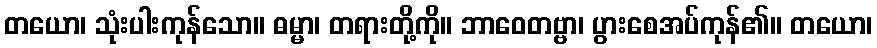
တယော၊ သုံးပါးကုန်သော။ ဓမ္မာ၊ တရားတို့ကို။ ဘာဝေတဗ္ဗာ၊ ပွားစေအပ်ကုန်၏။ တယော၊